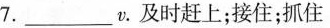
7.____v.及时赶上、接住；抓住